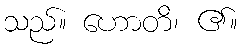
သည်။ ဟောတိ၊ ၏။